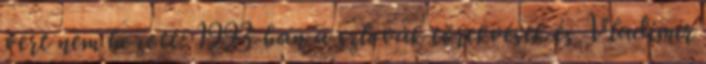
vért nem hozott: 1993-ban a szlovák törekvések és Vladimír